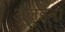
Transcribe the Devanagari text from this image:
अॅल्हेना